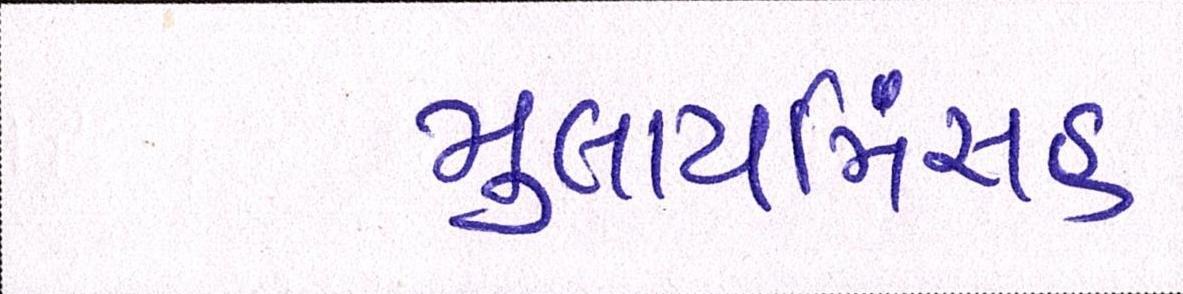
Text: મુલાયમિંસહ